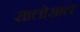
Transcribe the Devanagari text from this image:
सालोसाल